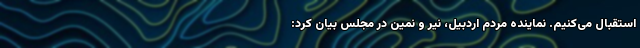
استقبال می‌کنیم. نماینده مردم اردبیل، نیر و نمین در مجلس بیان کرد: